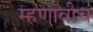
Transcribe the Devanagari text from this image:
म्हणावीच